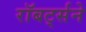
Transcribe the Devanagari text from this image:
रॉबर्ट्सने